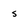
Character: 5